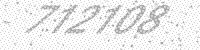
Solution: 712108